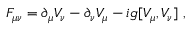
F _ { \mu \nu } = \partial _ { \mu } V _ { \nu } - \partial _ { \nu } V _ { \mu } - i g [ V _ { \mu } , V _ { \nu } ] \ ,